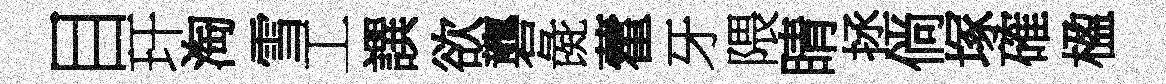
目玕淘雪工譔欲礱彘藿牙隈睛拯倘塚確楹